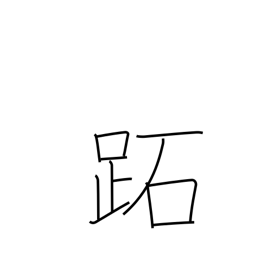
Meaning: sole of the foot